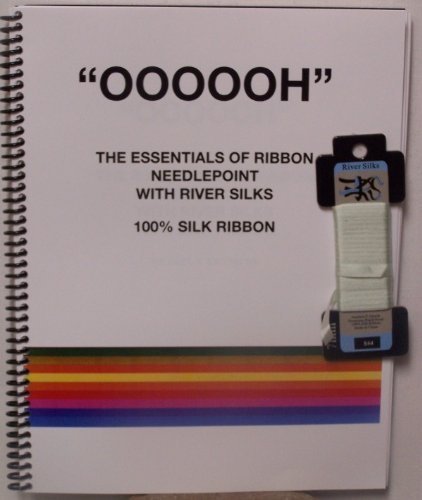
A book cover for Oooooh! The Essentials of Ribbon Needlepoint with River Silks; Paul Krynicki; Crafts, Hobbies & Home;